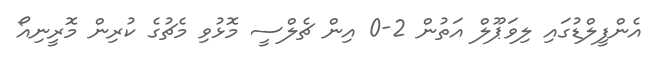
އެންފީލްޑުގައި ލިވަޕޫލް އަތުން 2-0 އިން ޗެލްސީ މޮޅުވި މެޗުގެ ކުރިން މޮރީނިއޯ